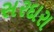
સરદારા